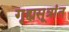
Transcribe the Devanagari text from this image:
गृह्यसूत्रांत